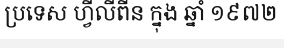
ប្រទេស ហ្វីលីពីន ក្នុង ឆ្នាំ ១៩៧២